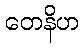
တေနိဟ